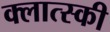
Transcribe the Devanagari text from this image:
क्लात्स्की